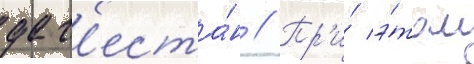
даг'еста́н // Пр'и́ э́том